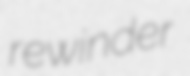
rewinder